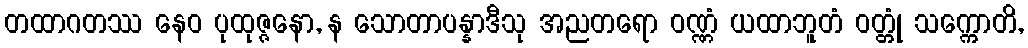
တထာဂတဿ နေဝ ပုထုဇ္ဇနော, န သောတာပန္နာဒီသု အညတရော ဝဏ္ဏံ ယထာဘူတံ ဝတ္တုံ သက္ကောတိ,